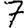
Digit: 7